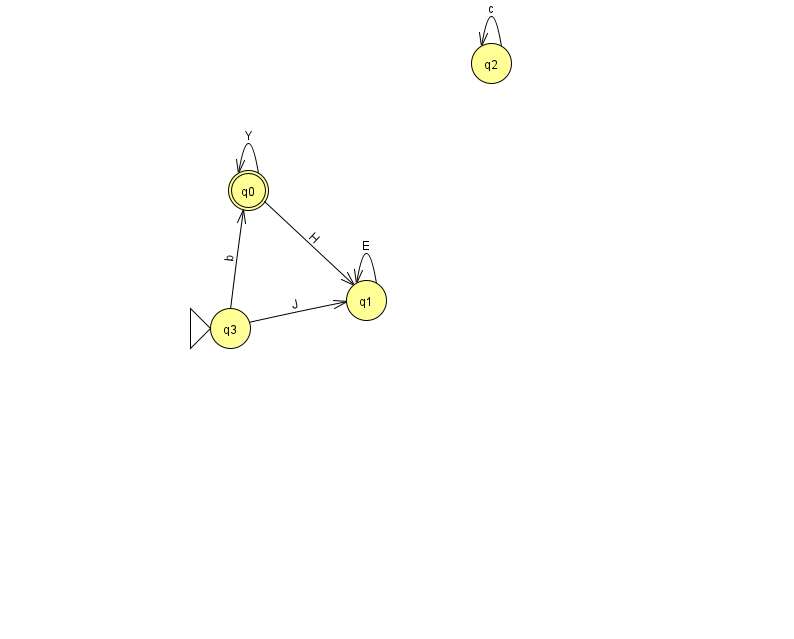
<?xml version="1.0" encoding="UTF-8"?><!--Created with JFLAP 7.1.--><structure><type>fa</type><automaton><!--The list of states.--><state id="0" name="q0"><x>248.0</x><y>177.0</y><final/></state><state id="1" name="q1"><x>366.0</x><y>287.0</y></state><state id="2" name="q2"><x>491.0</x><y>50.0</y></state><state id="3" name="q3"><x>230.0</x><y>315.0</y><initial/></state><!--The list of transitions.--><transition><from>2</from><to>2</to><read>c</read></transition><transition><from>3</from><to>1</to><read>J</read></transition><transition><from>1</from><to>1</to><read>E</read></transition><transition><from>0</from><to>0</to><read>Y</read></transition><transition><from>0</from><to>1</to><read>H</read></transition><transition><from>3</from><to>0</to><read>b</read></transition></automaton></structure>